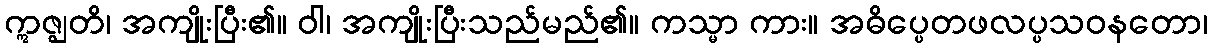
ဣဇ္ဈတိ၊ အကျိုးပြီး၏။ ဝါ၊ အကျိုးပြီးသည်မည်၏။ ကသ္မာ ကား။ အဓိပ္ပေတဖလပ္ပသဝနတော၊